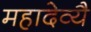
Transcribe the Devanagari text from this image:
महादेव्यै